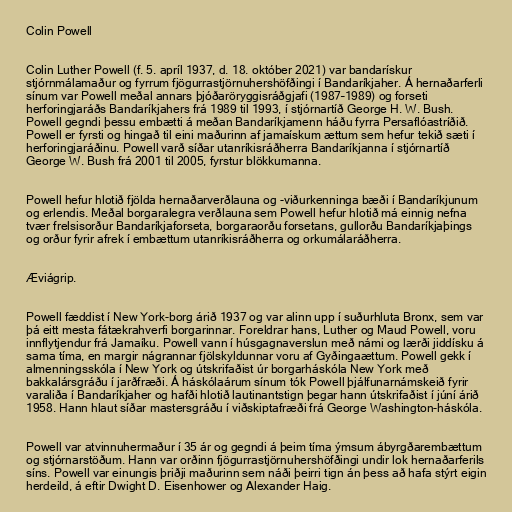
Colin Powell

Colin Luther Powell (f. 5. apríl 1937, d. 18. október 2021) var bandarískur
stjórnmálamaður og fyrrum fjögurrastjörnuhershöfðingi í Bandaríkjaher. Á hernaðarferli
sínum var Powell meðal annars þjóðaröryggisráðgjafi (1987–1989) og forseti
herforingjaráðs Bandaríkjahers frá 1989 til 1993, í stjórnartíð George H. W. Bush.
Powell gegndi þessu embætti á meðan Bandaríkjamenn háðu fyrra Persaflóastríðið.
Powell er fyrsti og hingað til eini maðurinn af jamaískum ættum sem hefur tekið sæti í
herforingjaráðinu. Powell varð síðar utanríkisráðherra Bandaríkjanna í stjórnartíð
George W. Bush frá 2001 til 2005, fyrstur blökkumanna.

Powell hefur hlotið fjölda hernaðarverðlauna og -viðurkenninga bæði í Bandaríkjunum
og erlendis. Meðal borgaralegra verðlauna sem Powell hefur hlotið má einnig nefna
tvær frelsisorður Bandaríkjaforseta, borgaraorðu forsetans, gullorðu Bandaríkjaþings
og orður fyrir afrek í embættum utanríkisráðherra og orkumálaráðherra.

Æviágrip.

Powell fæddist í New York-borg árið 1937 og var alinn upp í suðurhluta Bronx, sem var
þá eitt mesta fátækrahverfi borgarinnar. Foreldrar hans, Luther og Maud Powell, voru
innflytjendur frá Jamaíku. Powell vann í húsgagnaverslun með námi og lærði jiddísku á
sama tíma, en margir nágrannar fjölskyldunnar voru af Gyðingaættum. Powell gekk í
almenningsskóla í New York og útskrifaðist úr borgarháskóla New York með
bakkalársgráðu í jarðfræði. Á háskólaárum sínum tók Powell þjálfunarnámskeið fyrir
varaliða í Bandaríkjaher og hafði hlotið lautinantstign þegar hann útskrifaðist í júní árið
1958. Hann hlaut síðar mastersgráðu í viðskiptafræði frá George Washington-háskóla.

Powell var atvinnuhermaður í 35 ár og gegndi á þeim tíma ýmsum ábyrgðarembættum
og stjórnarstöðum. Hann var orðinn fjögurrastjörnuhershöfðingi undir lok hernaðarferils
síns. Powell var einungis þriðji maðurinn sem náði þeirri tign án þess að hafa stýrt eigin
herdeild, á eftir Dwight D. Eisenhower og Alexander Haig.